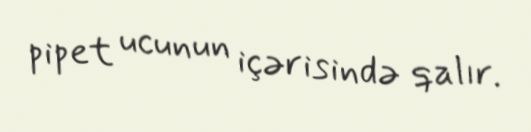
pipet ucunun içərisində qalır.